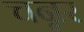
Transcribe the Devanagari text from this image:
चन्नर